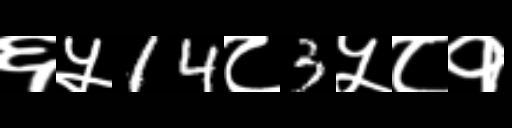
Text: ६५14८3५८१